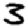
Digit: 3